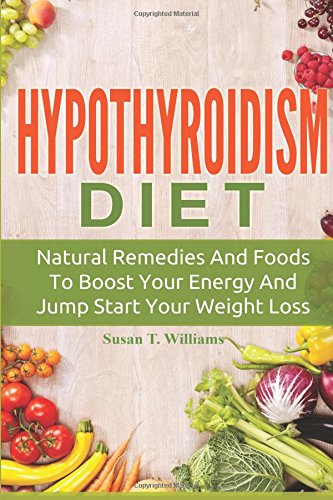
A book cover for Hypothyroidism Diet: Natural Remedies And Foods To Boost Your Energy And Jump Start Your Weight Loss; Susan T. Williams; Health, Fitness & Dieting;